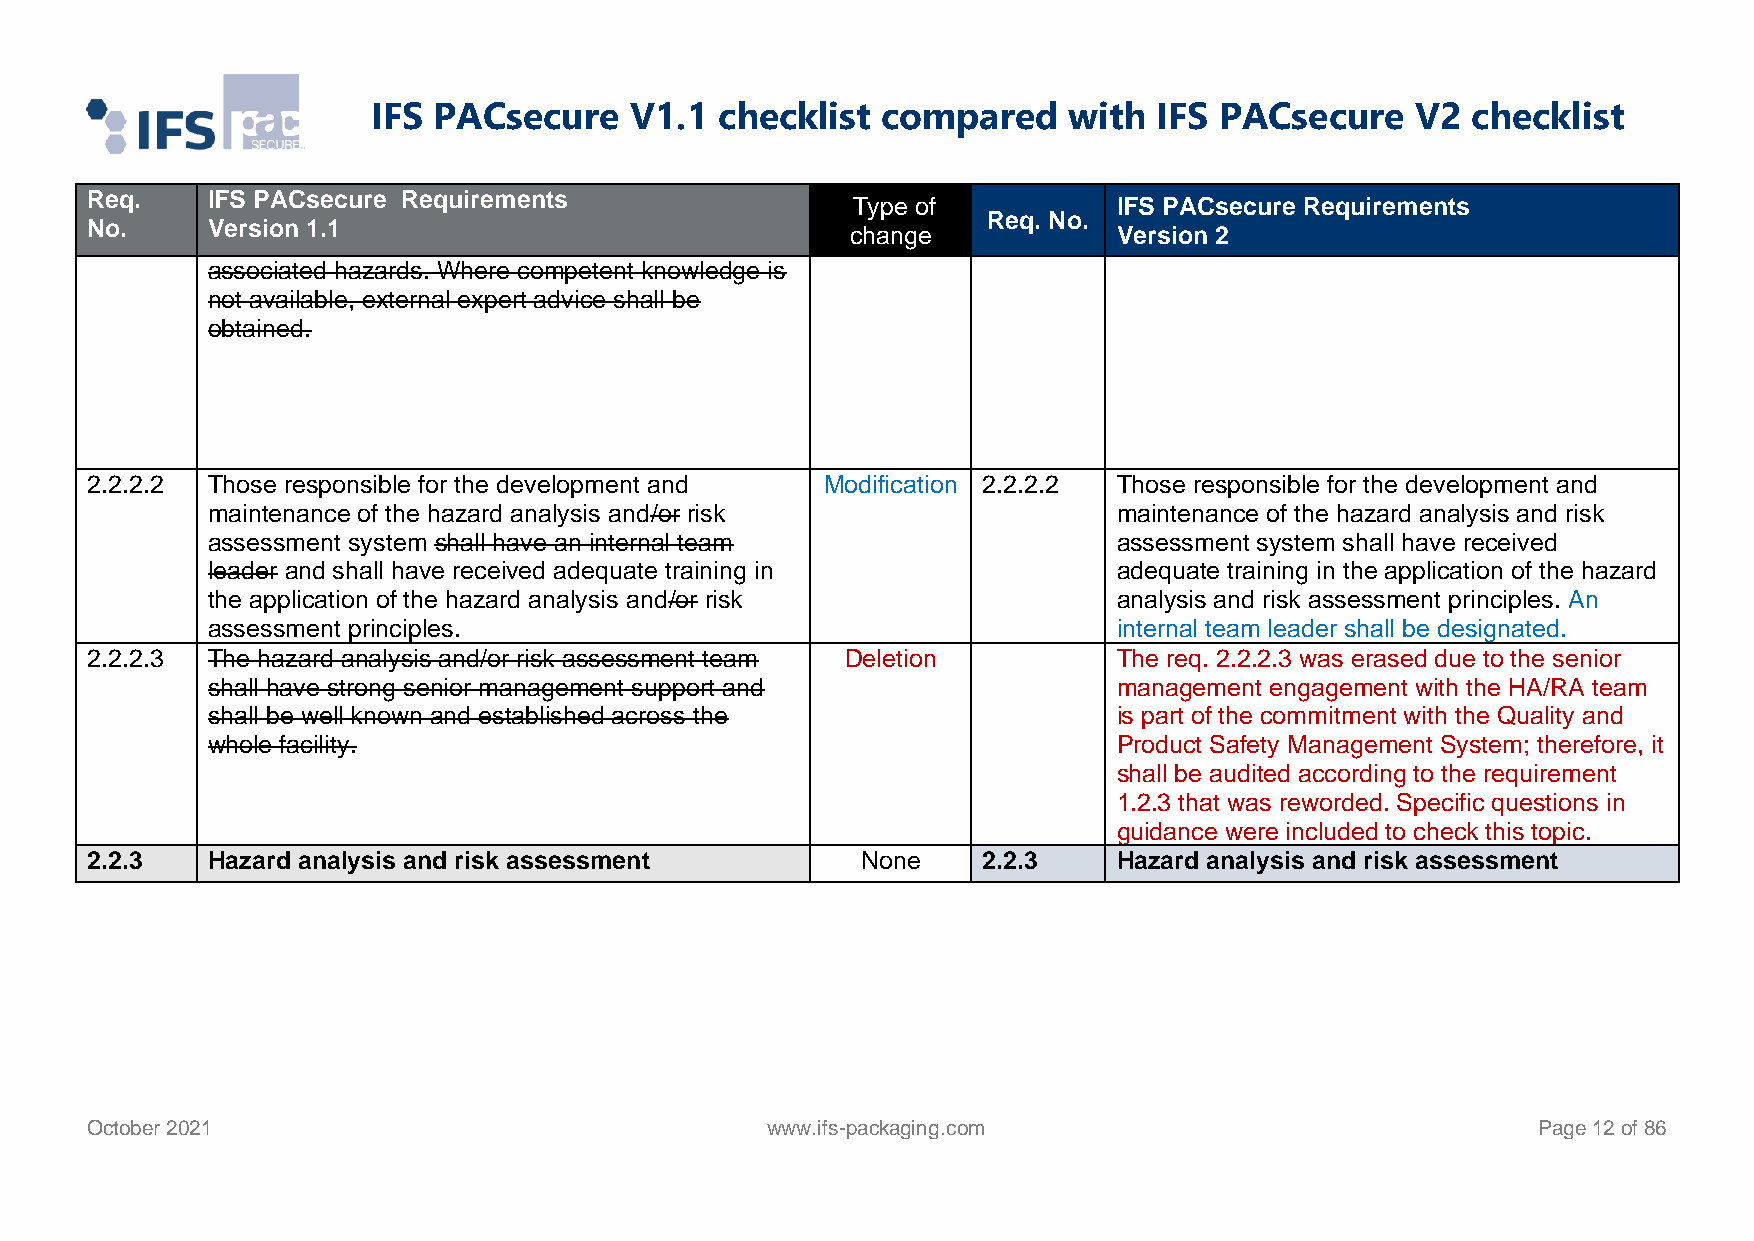
IFS PACsecure    V1.1  checklist compared     with  IFS PACsecure    V2 checklist
 Req.    IFS PACsecure Requirements
 Type of           IFS PACsecure Requirements
 Req. No.
 No.     Version 1.1                               change            Version 2
 associated hazards. Where competent knowledge is
 not available, external expert advice shall be
 obtained.
 2.2.2.2 Those responsible for the development and Modification 2.2.2.2 Those responsible for the development and
 maintenance of the hazard analysis and/or risk              maintenance of the hazard analysis and risk
 assessment system shall have an internal team               assessment system shall have received
 leader and shall have received adequate training in         adequate training in the application of the hazard
 the application of the hazard analysis and/or risk          analysis and risk assessment principles. An
 assessment principles.                                      internal team leader shall be designated.
 2.2.2.3 The hazard analysis and/or risk assessment team Deletion    The req. 2.2.2.3 was erased due to the senior
 shall have strong senior management support and             management engagement with the HA/RA team
 shall be well known and established across the              is part of the commitment with the Quality and
 whole facility.                                             Product Safety Management System; therefore, it
 shall be audited according to the requirement
 1.2.3 that was reworded. Specific questions in
 guidance were included to check this topic.
 2.2.3   Hazard analysis and risk assessment        None    2.2.3    Hazard analysis and risk assessment
 October 2021                                 www.ifs-packaging.com                              Page 12 of 86